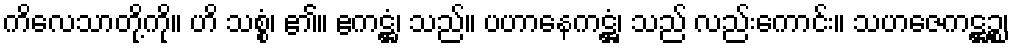
ကိလေသာတို့ကို။ ဟိ သစ္စံ၊ ၏။ ဧကဋ္ဌံ၊ သည်။ ပဟာနေကဋ္ဌံ၊ သည် လည်းကောင်း။ သဟဇေကဋ္ဌဉ္စ၊